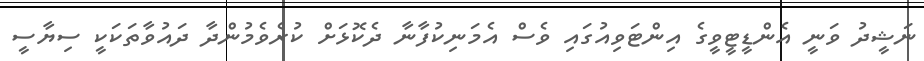
ނަޝީދު ވަނީ އެންޑީޓީވީގެ އިންޓަވިއުގައި ވެސް އެމަނިކުފާނާ ދެކޮޅަށް ކުރެވެމުންދާ ދައުވާތަކަކީ ސިޔާސީ